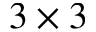
3 \times 3